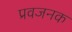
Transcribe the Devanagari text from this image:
प्रवजनक